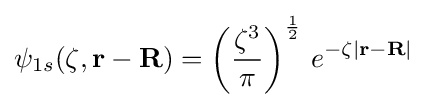
\psi _{1s}(\zeta ,\mathbf {r-R} )=\left({\frac {\zeta ^{3}}{\pi }}\right)^{1 \over 2}\,e^{-\zeta |\mathbf {r-R} |}